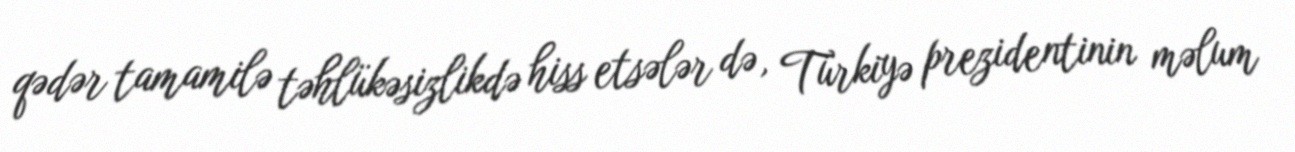
qədər tamamilə təhlükəsizlikdə hiss etsələr də, Türkiyə prezidentinin məlum